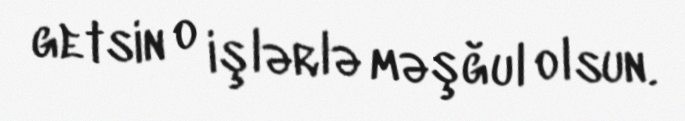
getsin o işlərlə məşğul olsun.